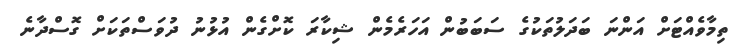
ތިމާވެއްޓަށް އަންނަ ބަދަލުތަކުގެ ސަބަބުން އަހަރެމެން ޝިކާރަ ކޮށްގެން އުޅުނު ދުވަސްތަކަށް ގޮސްދާނެ